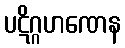
ပဋိဂ္ဂဟဏေန